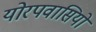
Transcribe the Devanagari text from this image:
योरपवासियों